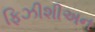
ફિઝીશીઅન